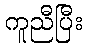
ကူညီပြီး